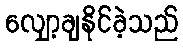
လျှော့ချနိုင်ခဲ့သည်